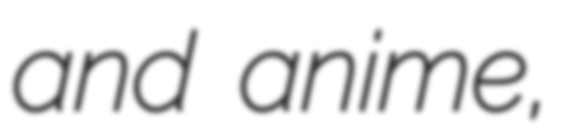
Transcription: and anime,